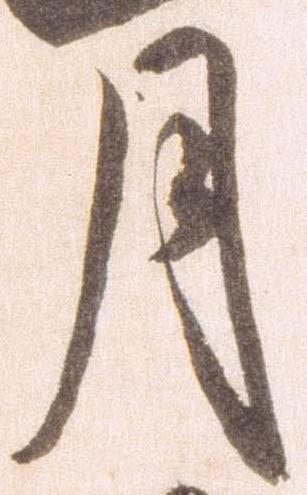
月